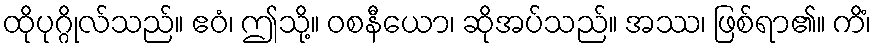
ထိုပုဂ္ဂိုလ်သည်။ ဧဝံ၊ ဤသို့။ ဝစနီယော၊ ဆိုအပ်သည်။ အဿ၊ ဖြစ်ရာ၏။ ကိံ၊